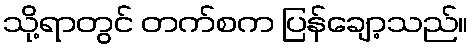
သို့ရာတွင် တက်စက ပြန်ချော့သည်။